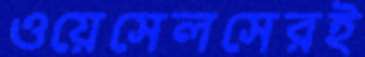
ওয়েসেলসেরই